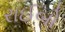
રાઈબો